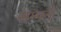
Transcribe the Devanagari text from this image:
सम्पर्न